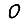
Digit: 0